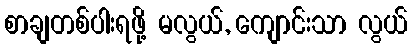
စာချတစ်ပါးရဖို့ မလွယ်, ကျောင်းသာ လွယ်